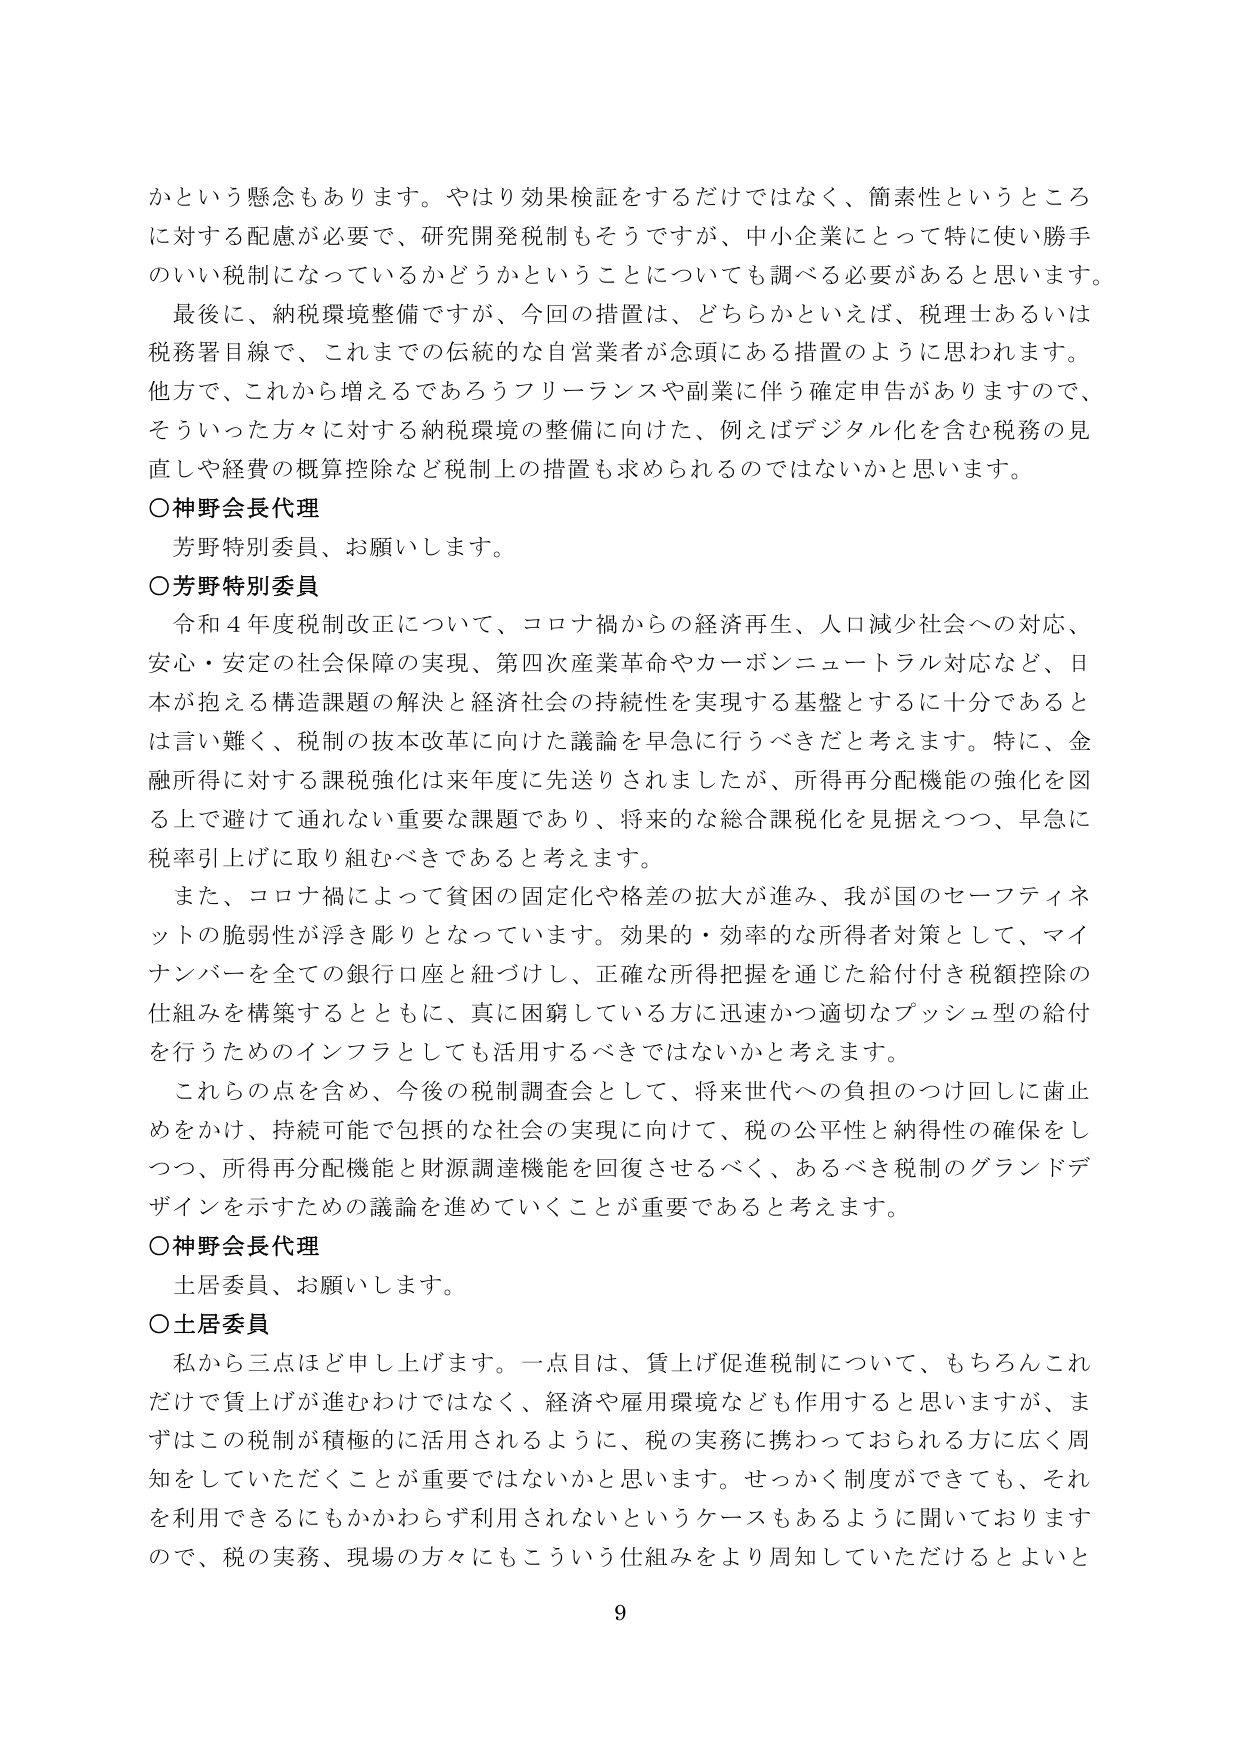
かという懸念もあります。やはり効果検証をするだけではなく、簡素性というところ
に対する配慮が必要で、研究開発税制もそうですが、中小企業にとって特に使い勝手
のいい税制になっているかどうかということについても調べる必要があると思います。
最後に、納税環境整備ですが、今回の措置は、どちらかといえば、税理士あるいは
税務署目線で、これまでの伝統的な自営業者が念頭にある措置のように思われます。
他方で、これから増えるであろうフリーランスや副業に伴う確定申告がありますので、
そういった方々に対する納税環境の整備に向けた、例えばデジタル化を含む税務の見
直しや経費の概算控除など税制上の措置も求められてはいないかと思います。
○神野会長代理
芳野特別委員、お願いします。
○芳野特別委員
令和４年度税制改正について、コロナ禍からの経済再生、人口減少社会への対応、
安心・安定の社会保障の実現、第四次産業革命やカーボンニュートラル対応など、日
本が抱える構造課題の解決と経済社会の持続性を実現する基盤とするに十分であると
は言い難く、税制の抜本改革に向けた議論を早急に行うべきだと考えます。特に、金
融所得に対する課税強化は来年度に先送りされましたが、所得再分配機能の強化を図
る上で避けて通れない重要な課題であり、将来的な総合課税化を見据えつつ、早急に
税率引上げに取り組むべきであると考えます。
また、コロナ禍によって貧困の固定化や格差の拡大が進み、我が国のセーフティネ
ットの脆弱性が浮き彫りとなっています。効果的・効率的な所得者対策として、マイ
ナンバーを全ての銀行口座と紐づけし、正確な所得把握を通じた給付付き税額控除の
仕組みを構築するとともに、真に困窮している方に迅速かつ適切なプッシュ型の給付
を行うためのインフラとしても活用するべきではないかと考えます。
これらの点を含め、今後の税制調査会として、将来世代への負担のつけ回しに歯止
めをかけ、持続可能で包摂的な社会の実現に向けて、税の公平性と納得性の確保をし
つつ、所得再分配機能と財源調達機能を回復させるべく、あるべき税制のグランドデ
ザインを示すための議論を進めていくことが重要であると考えます。
○神野会長代理
土居委員、お願いします。
○土居委員
私から三点ほど申し上げます。一点目は、賃上げ促進税制について、もちろんこれ
だけで賃上げが進むわけではなく、経済や雇用環境なども作用すると思いますが、ま
ずはこの税制が積極的に活用されるように、税の実務に携わっておられる方に広く周
知をしていただくことが重要ではないかと思います。せっかく制度ができても、それ
を利用できるにもかかわらず利用されないというケースもあるように聞いております
ので、税の実務、現場の方々にもこういう仕組みをより周知していただけるとよいと
9